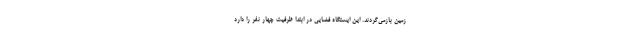
زمین بازمی‌گردند. این ایستگاه فضایی در ابتدا ظرفیت چهار نفر را دارد